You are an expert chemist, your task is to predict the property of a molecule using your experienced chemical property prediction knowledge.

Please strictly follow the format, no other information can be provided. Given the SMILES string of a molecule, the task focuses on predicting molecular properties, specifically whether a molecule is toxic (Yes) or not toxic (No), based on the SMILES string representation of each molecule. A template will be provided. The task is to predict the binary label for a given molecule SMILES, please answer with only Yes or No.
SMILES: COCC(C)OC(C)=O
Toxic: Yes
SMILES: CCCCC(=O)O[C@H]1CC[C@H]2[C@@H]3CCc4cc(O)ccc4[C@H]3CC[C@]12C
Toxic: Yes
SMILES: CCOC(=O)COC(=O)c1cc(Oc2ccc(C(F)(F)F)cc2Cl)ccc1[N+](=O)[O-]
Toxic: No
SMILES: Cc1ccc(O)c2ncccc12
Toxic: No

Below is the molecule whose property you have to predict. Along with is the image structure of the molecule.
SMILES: CNC(=O)Oc1cc(C)c(N(C)C)c(C)c1
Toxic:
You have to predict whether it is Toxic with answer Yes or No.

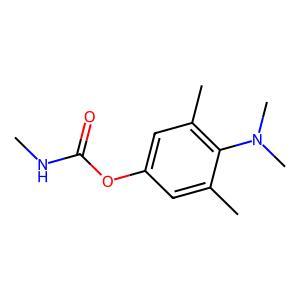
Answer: No